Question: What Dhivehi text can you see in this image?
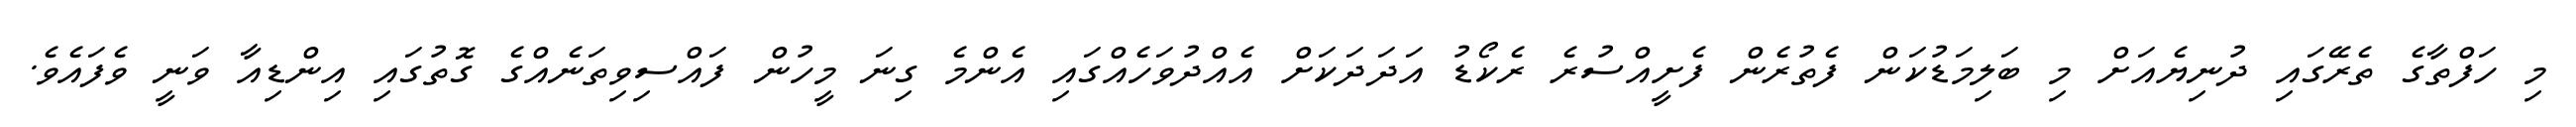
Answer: މި ހަފްތާގެ ތެރޭގައި ދުނިޔެއަށް މި ބަލިމަޑުކަން ފެތުރެން ފެށީއްސުރެ ރެކޯޑު އަދަދަކަށް އެއްދުވަހެއްގައި އެންމެ ގިނަ މީހުން ފައްސިވިތަނެއްގެ ގޮތުގައި އިންޑިއާ ވަނީ ވެފައެވެ.